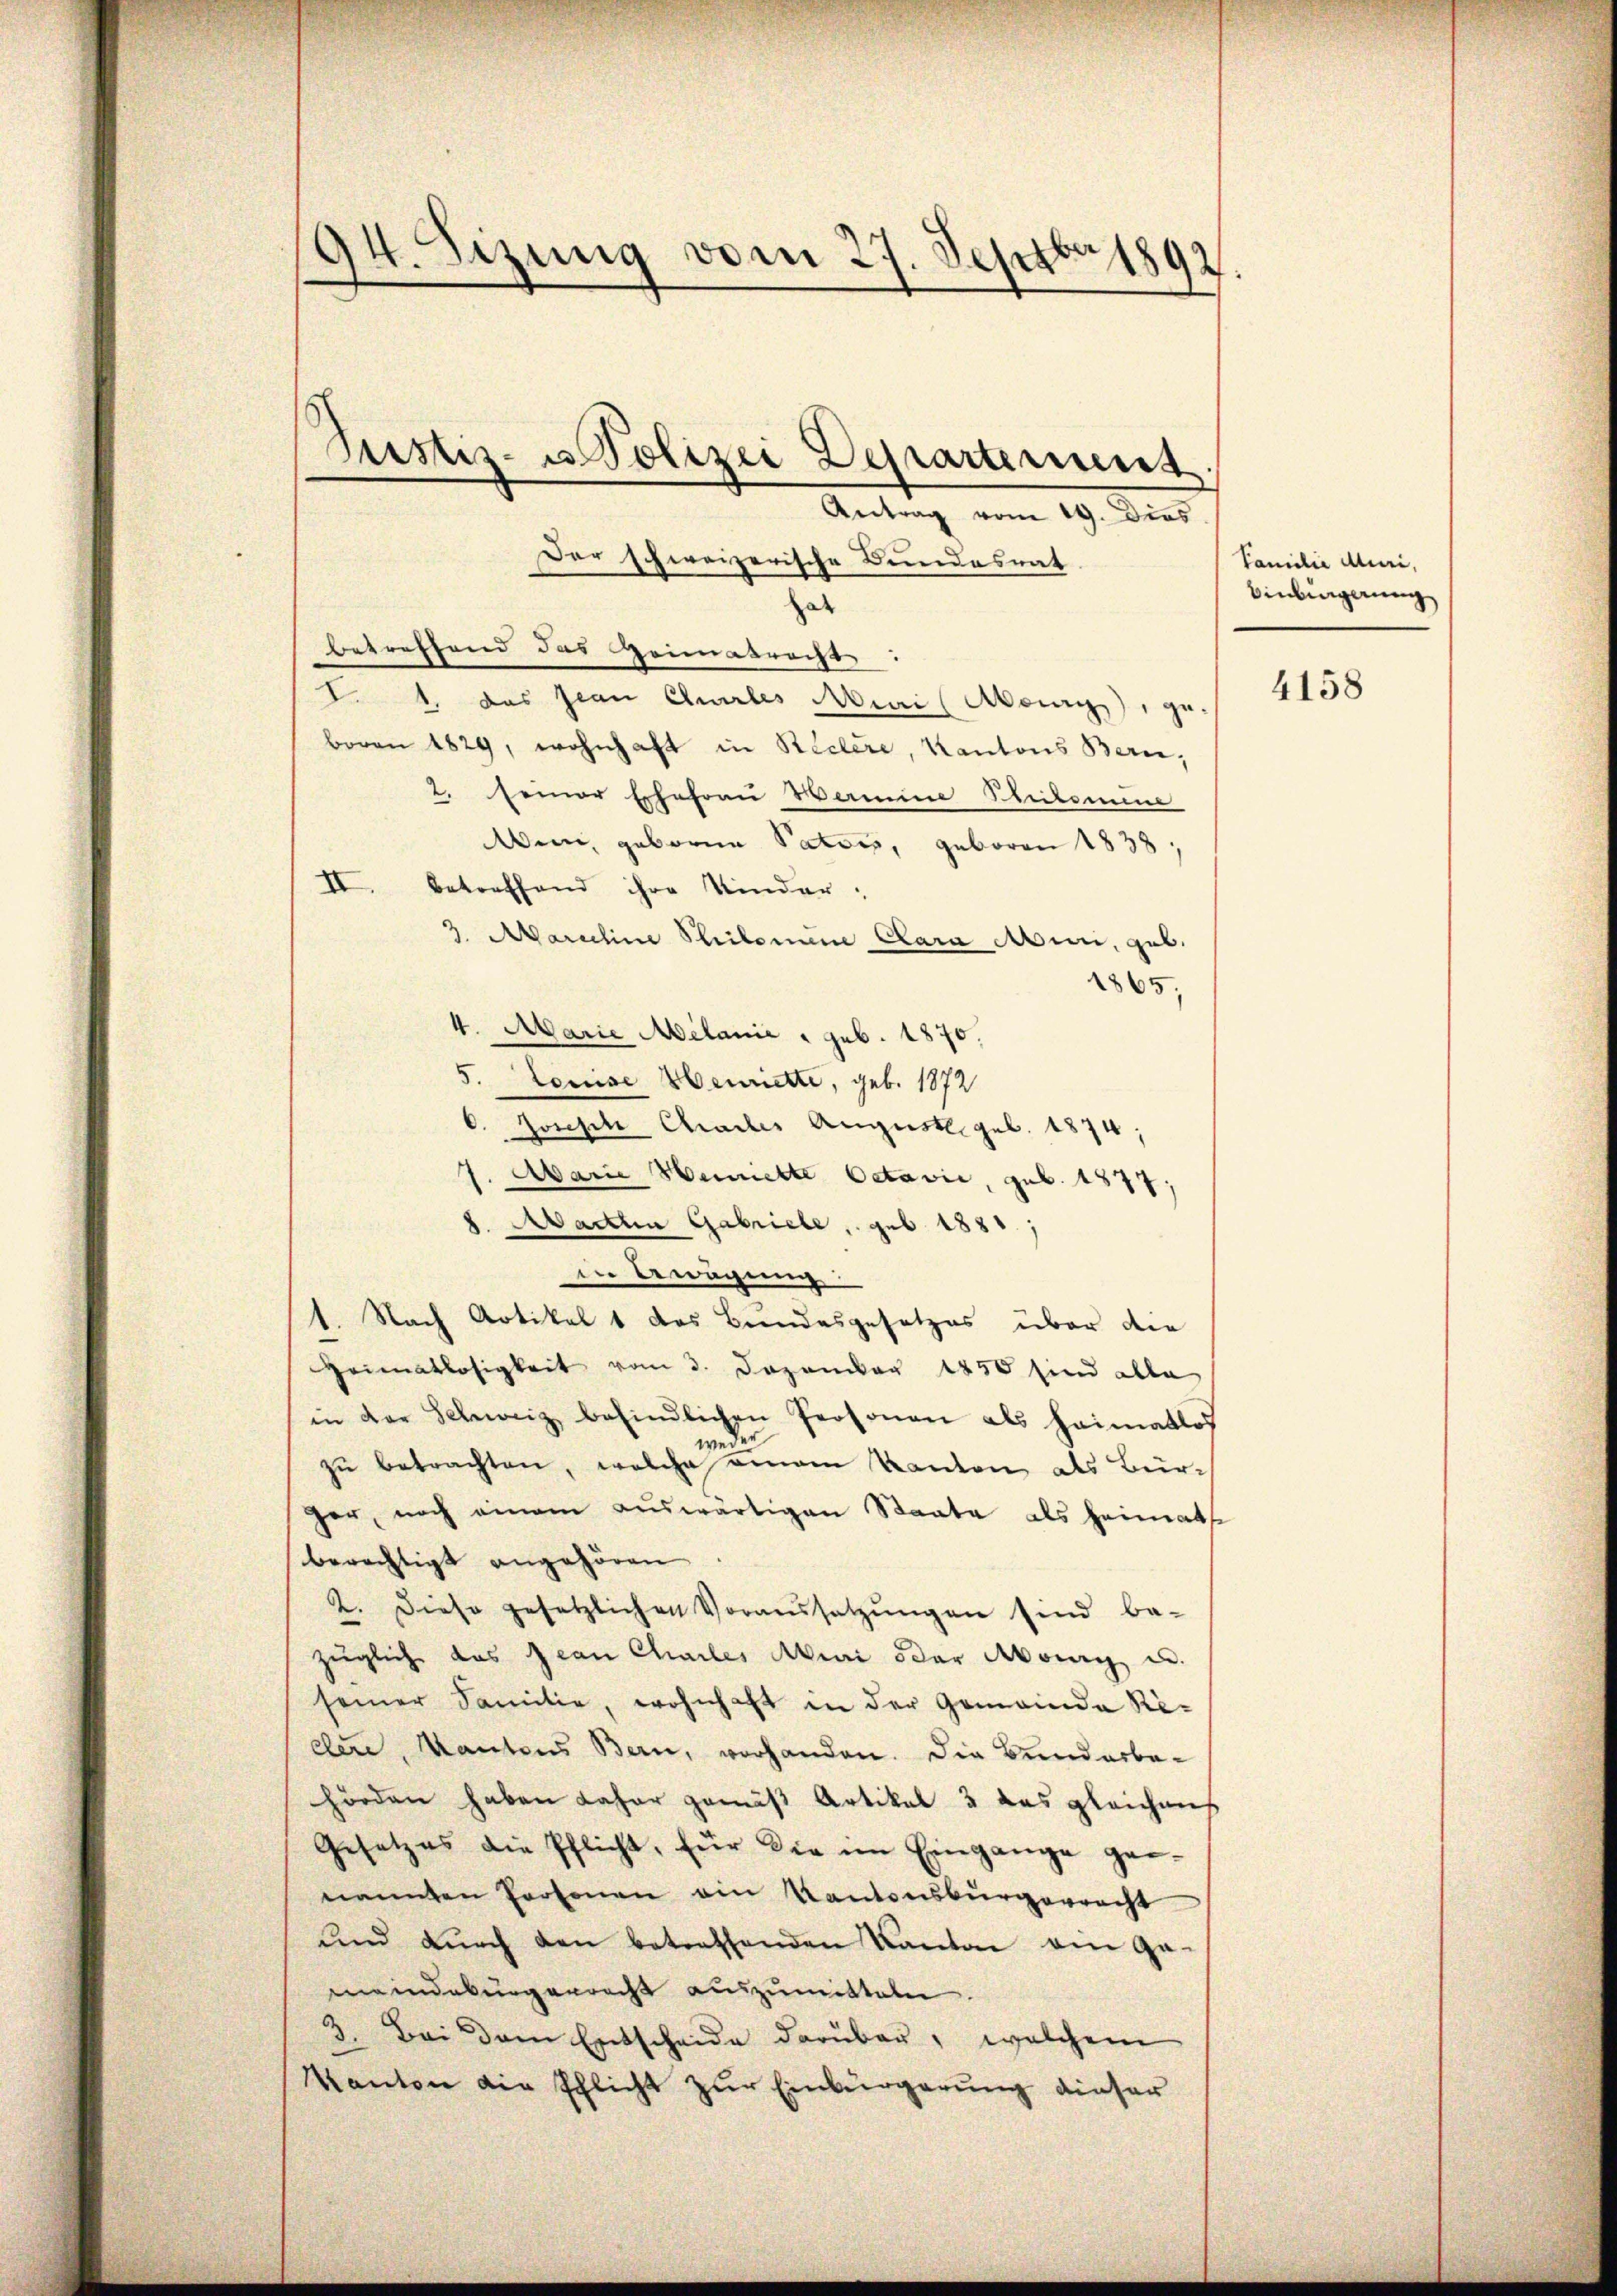
94. Sizung vom 27. Septbr 1892.

ar
betreffend das Heimatrachs
. 1, das Jean Churles Muri (Abony), ge
boren 1829, wohnhaft in Reclire, Kantons Bern,
2. seiner Ehefrau Mamine Philomi
em, geboren Pators, geboren 1838,
II. Betreffend ihre Kinder-
3. Marchine Philomum Clara Mun, geb.
1865,
4. Marie Melanie   geb. 1870.
5. Louise Weinette, geb. 1872
Joseph Chrades August. geb. 1874;
1. Marie Berichte Octavić, geb. 1877;
8. Martha Gabriele, geb. 1881,
in Bewägung
1. Nach Artikel 1 das Bundesgesetzes über die
Heimatlosigkeit vom 3. Dezember 1850 sind alle
in der Schweiz befindlichen Personen als heimatlos
weder
zu betrachten, welche einem Kanton als Bürger, noch einem aŭswärtigen Staate als heimat
berechtigt angehören
2. Diese gesetzlichen Voraussetzŭngen sind be-
züglich das Jean Chailes Mai der Monig u.
seiner Familie, wohnhaft in der Gemeinde Re-
der, Kantons Bern, vorhanden. Die Bunderbahörden haben daher gemäß Artikel 3 das gleich mich
Gesetzes die Pflicht, für die im Eingange gei
nannten Personen ein Kantonsbürgerracht
und dŭrch den betreffenden Kanton ein Ga-
meindebürgerrecht auszumitteln
3. Bei dem Entscheide darüber, welchem
Kanton die schlicht zur Einbürgerung dieser

Justiz- u Polizei Departement.
Antrag vom 19. Dies
Der schweizerische Bundesrat

Familie Muri,
Binbingerung

4158